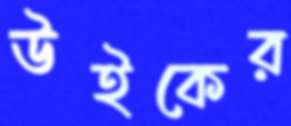
উইকের